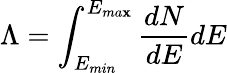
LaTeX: \Lambda=\int_{E_{min}}^{E_{ma\mathbf{x}}}\frac{{dN}}{{dE}}dE